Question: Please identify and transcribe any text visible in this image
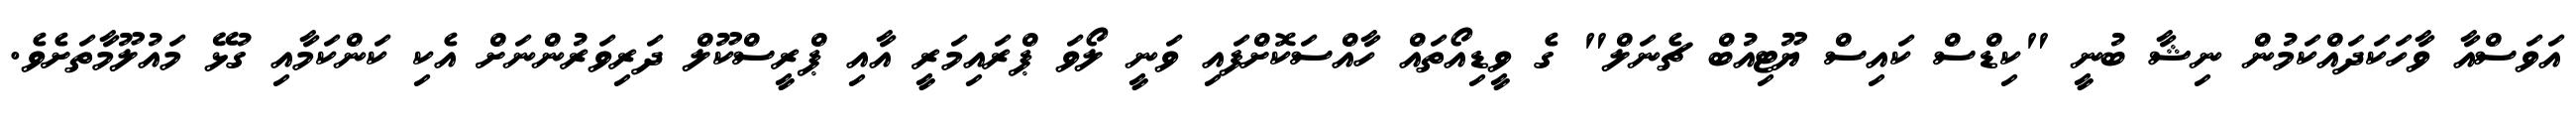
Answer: އަވަސްއާ ވާހަކަދައްކަމުން ނިޝާ ބުނީ "ކިޑްސް ކައިސް ޔޫޓިއުބް ޗެނަލް" ގެ ވީޑިއޯތައް ހާއްސަކޮށްފައި ވަނީ ލޯވަ ޕްރައިމަރީ އާއި ޕްރީސްކޫލް ދަރިވަރުންނަށް އެކި ކަންކަމާއި ގުޅޭ މައުލޫމާތަށެވެ.